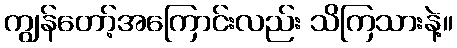
ကျွန်တော့်အကြောင်းလည်း သိကြသားနဲ့။